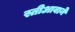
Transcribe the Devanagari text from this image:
स्तीआवाने